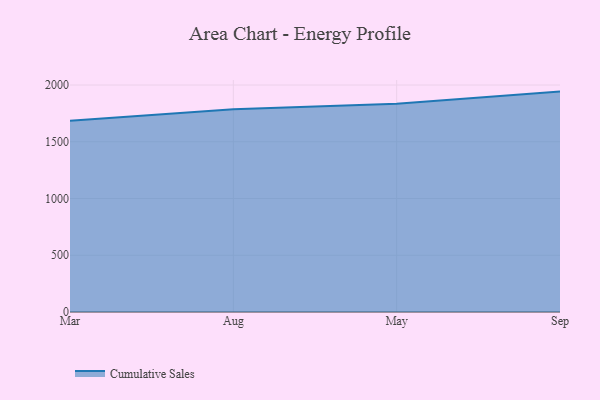
{"axis": {"x": "Month", "y": "LTV (USD)"}, "legend": ["Cumulative Sales"], "data": [{"x": "Mar", "y": 1684.4, "type": "Cumulative Sales"}, {"x": "Aug", "y": 1786.3, "type": "Cumulative Sales"}, {"x": "May", "y": 1834.4, "type": "Cumulative Sales"}, {"x": "Sep", "y": 1941.9, "type": "Cumulative Sales"}]}